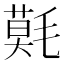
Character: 𣯳